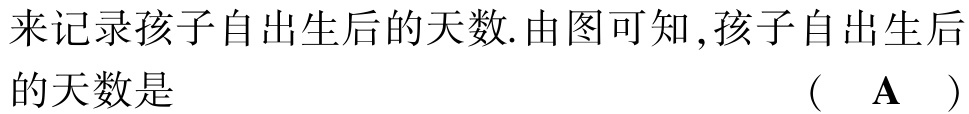
来记录孩子自出生后的天数.由图可知,孩子自出生后的天数是  （  \(\mathbf{A}\)  ）